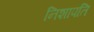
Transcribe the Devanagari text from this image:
निशापति